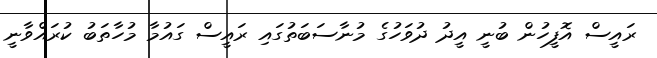
ރައީސް އޮފީހުން ބުނީ އީދު ދުވަހުގެ މުނާސަބަތުގައި ރައީސް ގައުމާ މުހާތަބު ކުރައްވާނީ